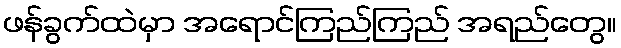
ဖန်ခွက်ထဲမှာ အရောင်ကြည်ကြည် အရည်တွေ။